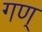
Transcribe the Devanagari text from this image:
गण्